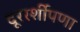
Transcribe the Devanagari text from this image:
दूररर्शीपणा